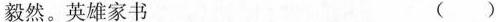
毅然。英雄家书 ( )